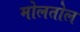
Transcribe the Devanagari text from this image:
मोलतोल